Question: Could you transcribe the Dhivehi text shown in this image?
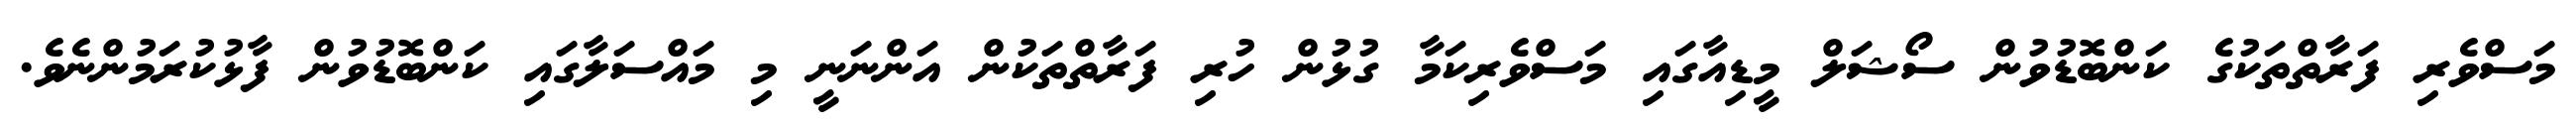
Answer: މަސްވެރި ފަރާތްތަކުގެ ކަންބޮޑުވުން ސޯޝަލް މީޑިއާގައި މަސްވެރިކަމާ ގުޅުން ހުރި ފަރާތްތަކުން އަންނަނީ މި މައްސަލާގައި ކަންބޮޑުވުން ފާޅުކުރަމުންނެވެ.